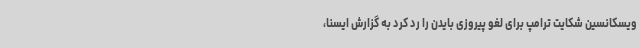
ویسکانسین شکایت ترامپ برای لغو پیروزی بایدن را رد کرد به گزارش ایسنا،